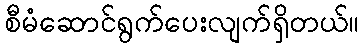
စီမံဆောင်ရွက်ပေးလျက်ရှိတယ်။